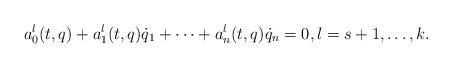
LaTeX: \begin{align*}a_0^l(t,q)+a_1^l(t,q)\dot q_1+\dots+a_n^l(t,q)\dot q_n=0, l=s+1,\dots,k.\end{align*}